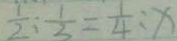
\frac { 1 } { 2 } : \frac { 1 } { 3 } = \frac { 1 } { 4 } : x